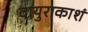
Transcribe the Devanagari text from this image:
वायुराकाशं